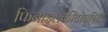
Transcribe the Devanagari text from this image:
फिनाइलकीटोनूरिया